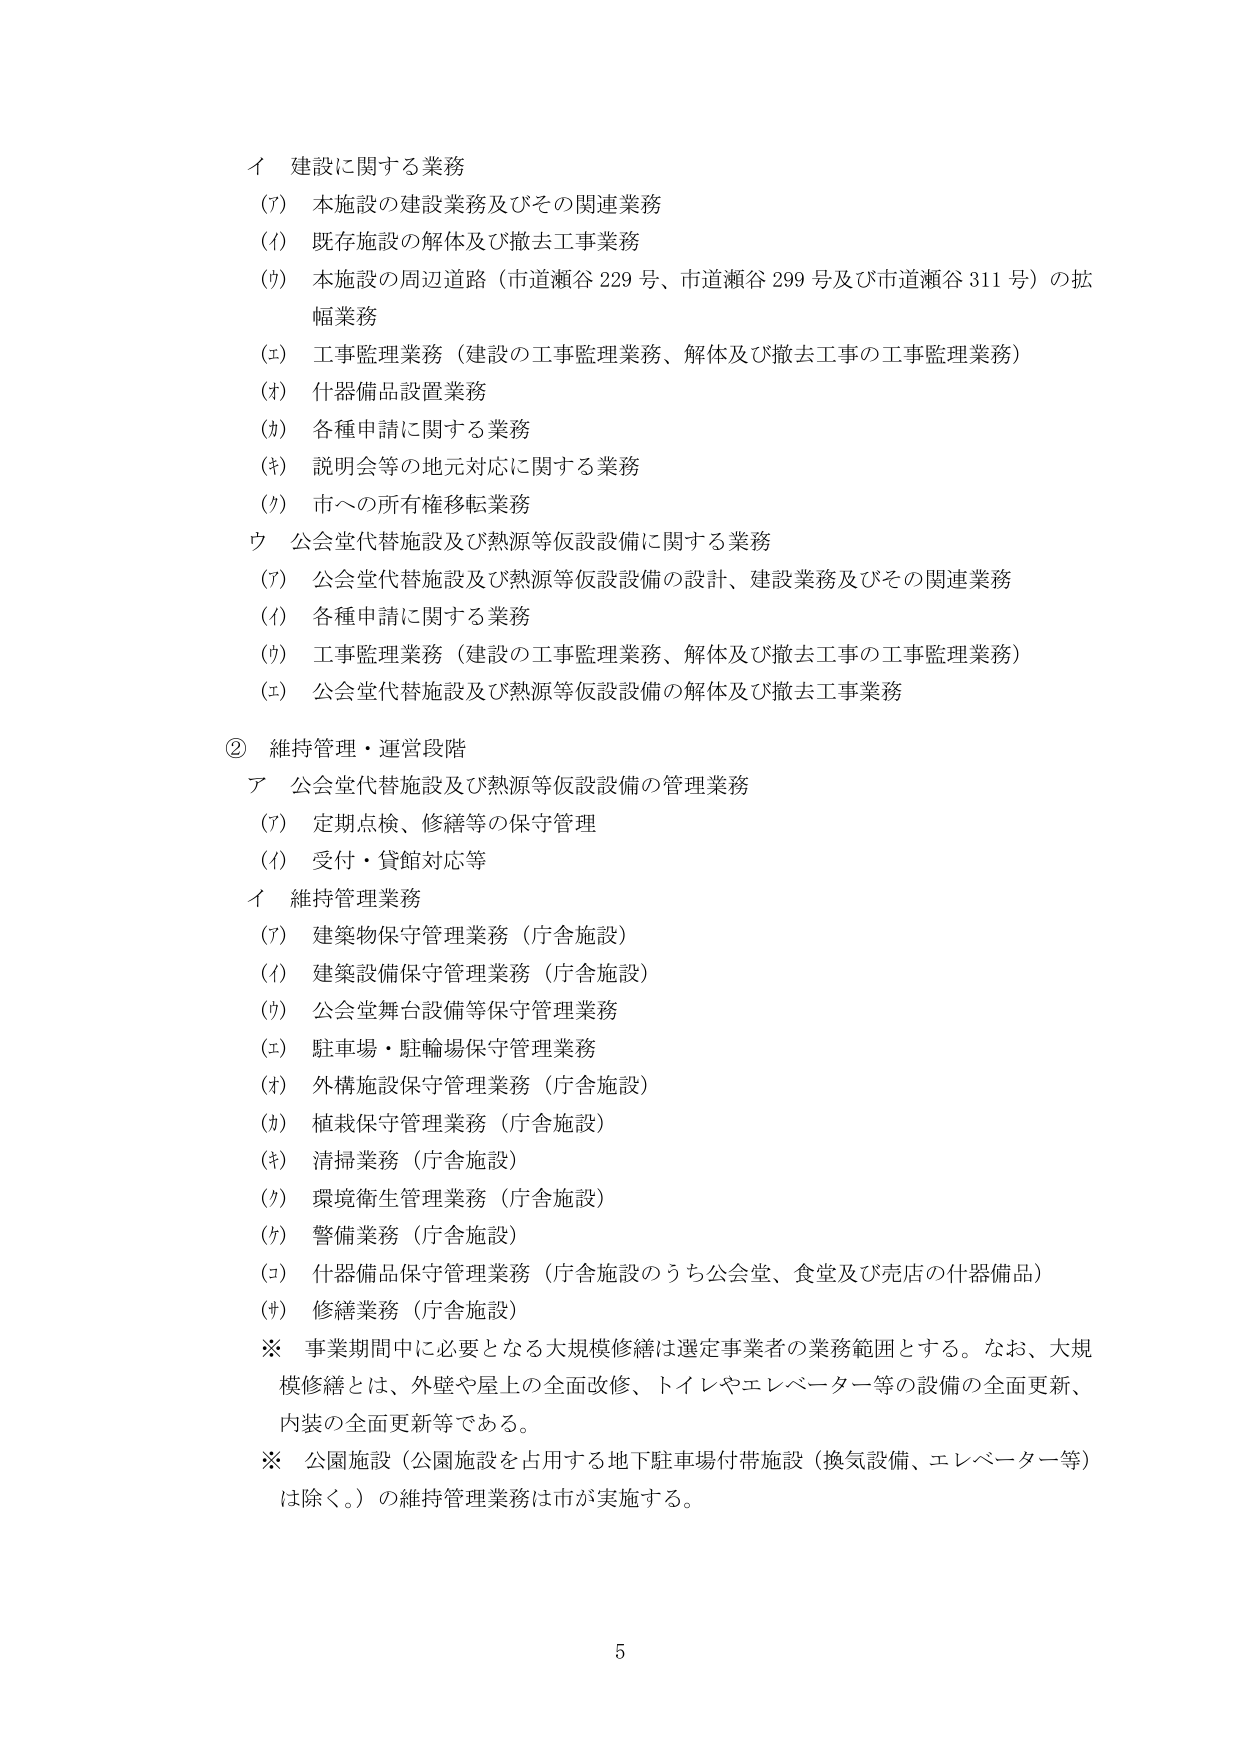
イ 建設に関する業務
(ｱ) 本施設の建設業務及びその関連業務
(ｲ) 既存施設の解体及び撤去工事業務
(ｳ) 本施設の周辺道路（市道瀬谷229号、市道瀬谷299号及び市道瀬谷311号）の拡幅業務
(ｴ) 工事監理業務（建設の工事監理業務、解体及び撤去工事の工事監理業務）
(ｵ) 什器備品設置業務
(ｶ) 各種申請に関する業務
(ｷ) 説明会等の地元対応に関する業務
(ｸ) 市への所有権移転業務
ウ 公会堂代替施設及び熱源等仮設設備に関する業務
(ｱ) 公会堂代替施設及び熱源等仮設設備の設計、建設業務及びその関連業務
(ｲ) 各種申請に関する業務
(ｳ) 工事監理業務（建設の工事監理業務、解体及び撤去工事の工事監理業務）
(ｴ) 公会堂代替施設及び熱源等仮設設備の解体及び撤去工事業務
② 維持管理・運営段階
ア 公会堂代替施設及び熱源等仮設設備の管理業務
(ｱ) 定期点検、修繕等の保守管理
(ｲ) 受付・貸館対応等
イ 維持管理業務
(ｱ) 建築物保守管理業務（庁舎施設）
(ｲ) 建築設備保守管理業務（庁舎施設）
(ｳ) 公会堂舞台設備等保守管理業務
(ｴ) 駐車場・駐輪場保守管理業務
(ｵ) 外構施設保守管理業務（庁舎施設）
(ｶ) 植栽保守管理業務（庁舎施設）
(ｷ) 清掃業務（庁舎施設）
(ｸ) 環境衛生管理業務（庁舎施設）
(ｹ) 警備業務（庁舎施設）
(ｺ) 什器備品保守管理業務（庁舎施設のうち公会堂、食堂及び売店の什器備品）
(ｻ) 修繕業務（庁舎施設）
※ 事業期間中に必要となる大規模修繕は選定事業者の業務範囲とする。なお、大規模修繕とは、外壁や屋上の全面改修、トイレやエレベーター等の設備の全面更新、内装の全面更新等である。
※ 公園施設（公園施設を占用する地下駐車場付帯施設（換気設備、エレベーター等）は除く。）の維持管理業務は市が実施する。
5